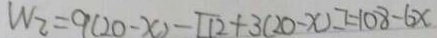
W _ { 2 } = 9 ( 2 0 - x ) - [ 1 2 + 3 ( 2 0 - x ) ] = 1 0 8 - 6 x